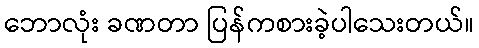
ဘောလုံး ခဏတာ ပြန်ကစားခဲ့ပါသေးတယ်။